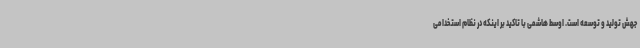
جهش تولید و توسعه است. اوسط هاشمی با تاکید بر اینکه در نظام استخدامی